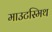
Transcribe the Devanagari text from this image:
माउटस्मिथ